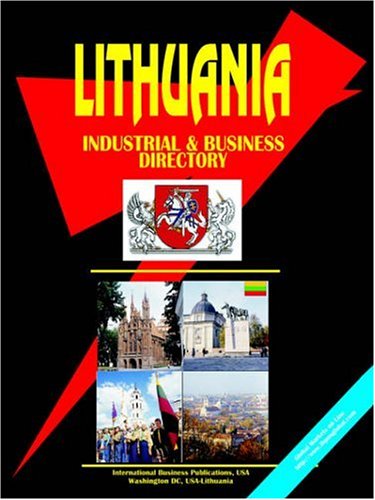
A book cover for Sao Tome and Principe Business Law Handbook; Ibp Usa; Travel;